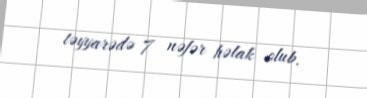
təyyarədə 7 nəfər həlak olub.